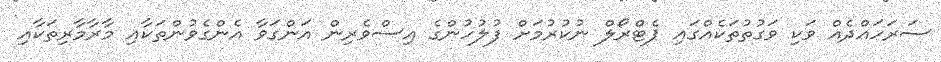
ސަރަހައްދެއް ވަކި ވަގުތުތަކެއްގައި ޕެޓްރޯލް ނުކުރުމަށް ފުލުހުންގެ އިސްވެރިން އަންގަވާ އެންގެވުންތަކާއި މާރާމާރިތަކާއި